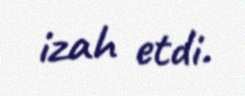
izah etdi.